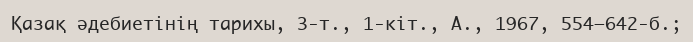
Қазақ әдебиетінің тарихы, 3-т., 1-кіт., А., 1967, 554–642-б.;